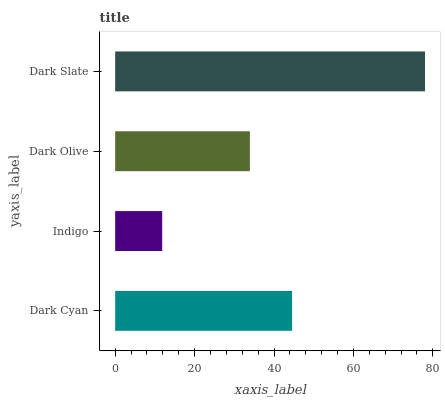
| yaxis_label | bars |
 | --- | --- |
 | Dark Cyan | 44.5 |
 | Indigo | 11.8 |
 | Dark Olive | 33.9 |
 | Dark Slate | 78 |